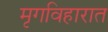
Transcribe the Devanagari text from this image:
मृगविहारात